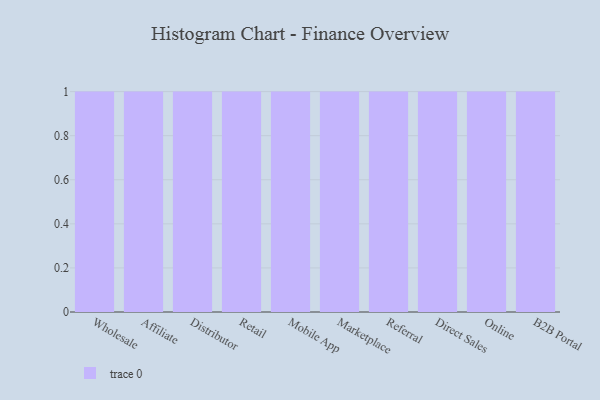
{"axis": {"x": "Channel", "y": "Active Users"}, "legend": [""], "data": [{"x": "Wholesale", "y": 53, "type": ""}, {"x": "Affiliate", "y": 63, "type": ""}, {"x": "Distributor", "y": 56, "type": ""}, {"x": "Retail", "y": 40, "type": ""}, {"x": "Mobile App", "y": 12, "type": ""}, {"x": "Marketplace", "y": 64, "type": ""}, {"x": "Referral", "y": 11, "type": ""}, {"x": "Direct Sales", "y": 94, "type": ""}, {"x": "Online", "y": 10, "type": ""}, {"x": "B2B Portal", "y": 84, "type": ""}]}